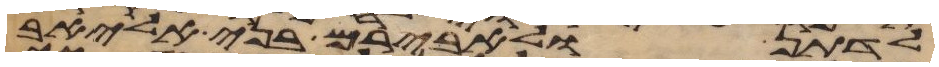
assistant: לדתן ולאבירם בני אליאב